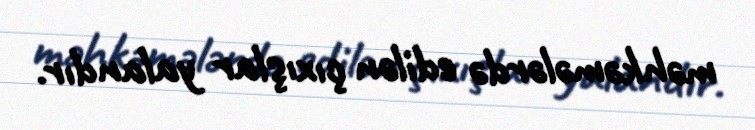
məhkəmələrdə edilən çıxışlar yalandır.